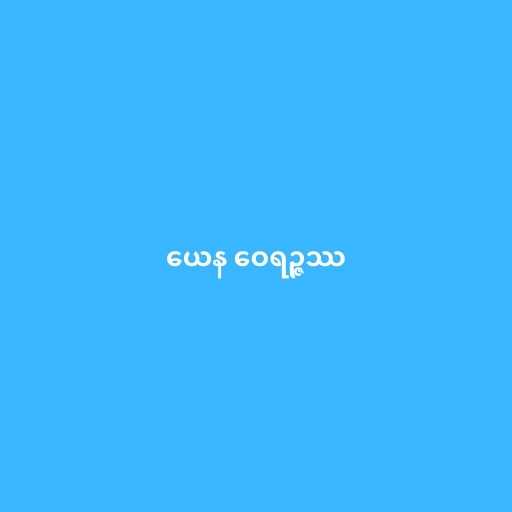
ယေန ဝေရဉ္ဇဿ